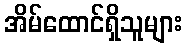
အိမ်ထောင်ရှိသူများ